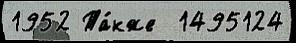
1952 Та́кже  1495124